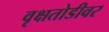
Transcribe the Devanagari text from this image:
वृक्षतोडीवर